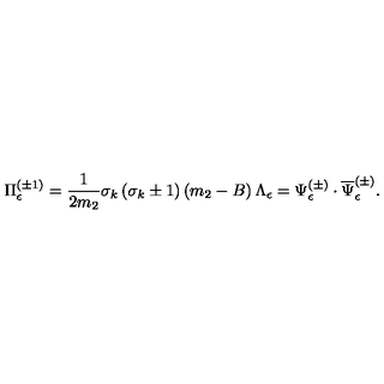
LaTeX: \Pi _ { \epsilon } ^ { ( \pm 1 ) } = \frac 1 { 2 m _ { 2 } } \sigma _ { k } \left( \sigma _ { k } \pm 1 \right) \left( m _ { 2 } - B \right) \Lambda _ { \epsilon } = \Psi _ { \epsilon } ^ { ( \pm ) } \cdot \overline { { \Psi } } _ { \epsilon } ^ { ( \pm ) } .